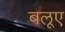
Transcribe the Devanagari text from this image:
बलूए